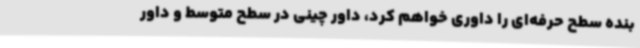
بنده سطح حرفه‌ای را داوری خواهم کرد، داور چینی در سطح متوسط و داور